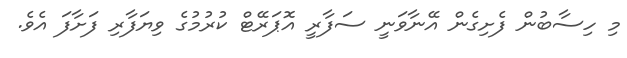
މި ހިސާބުން ފެށިގެން އޭނާވަނީ ސަފާރީ އޮޕަރޭޓް ކުރުމުގެ ވިޔަފާރި ފަށާފަ އެވެ.